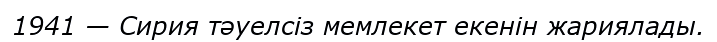
1941 — Сирия тәуелсіз мемлекет екенін жариялады.